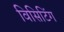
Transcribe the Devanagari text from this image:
विसिटिंग